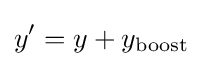
y'=y+y_{\text{boost}}